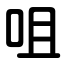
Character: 咀